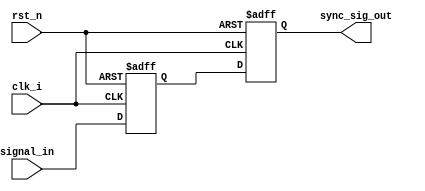
//**************************************************************************************
//  Module Name		: Double Flop Synchronizer 
//  Description		: SYnchronizes the level based signals
//  DoR			: June 2021
//  Rev. History	: v1
//  Remarks		:
//
//
//***************************************************************************************

`timescale 1 ns / 1 ps

module double_flop_sync ( 
	input wire       clk_i        ,
	input wire       rst_n        ,     
	input wire       signal_in    ,
	output wire      sync_sig_out 
);



  reg ff_1;
  reg ff_2;


  always @ (posedge clk_i, negedge rst_n) begin
    if (!rst_n) begin
      ff_1 <= 'd0;
      ff_2 <= 'd0;
    end 
    else begin
      ff_1 <= signal_in;
      ff_2 <= ff_1;
    end
  end

  assign sync_sig_out = ff_2;

endmodule